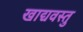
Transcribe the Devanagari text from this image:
खाद्यवस्तु